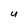
Character: u